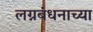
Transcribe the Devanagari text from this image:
लग्नबंधनाच्या